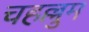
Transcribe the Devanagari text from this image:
चहल्लुम